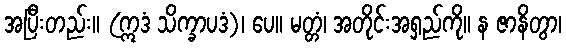
အပြီးတည်း။ (ဣဒံ သိက္ခာပဒံ)၊ ပေ။ မတ္တံ၊ အတိုင်းအရှည်ကို။ န ဇာနိတွာ၊